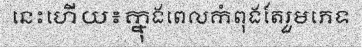
នេះហើយ៖ក្នុងពេលកំពុងតែរួមភេទ